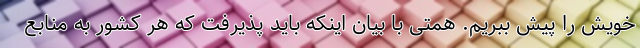
خویش را پیش ببریم. همتی با بیان اینکه باید پذیرفت که هر کشور به منابع